Epidemic dropsy in Calcutta - Number 45
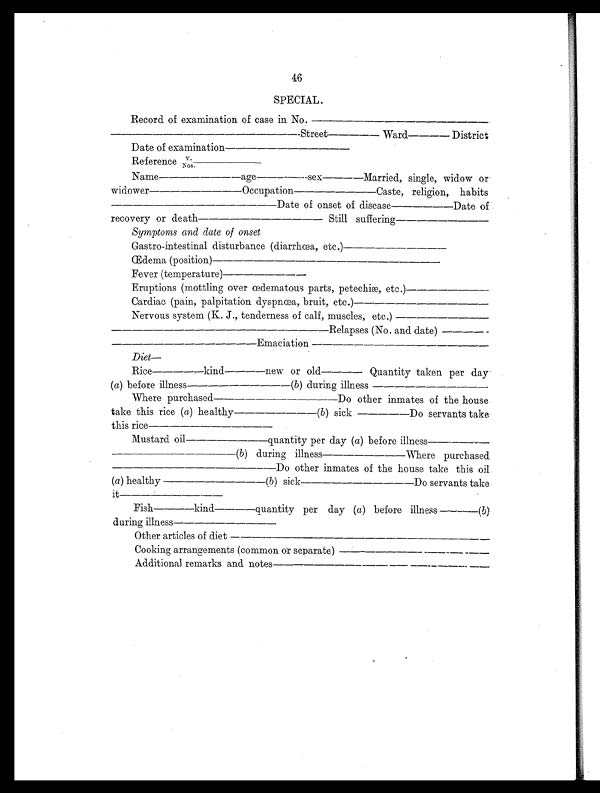
46
SPECIAL.
Record of examination of case in No.
-Street-----------------Ward---- District
Date of examination
Reference V.
Nos.
Name
age-------sex----Married, single, widow or
widower
Occupation---------------------------Caste, religion, habits
Date of onset of disease------------Date of
recovery or death
Still suffering--------------------------
Symptoms and date of onset
Gastro-intestinal disturbance (diarrhœa, etc.)
Œdema (position)
Fever (temperature)
Eruptions (mottling over œdematous parts, petechiæ, etc.)
Cardiac (pain, palpitation dyspnœa, bruit, etc.)
Nervous system (K. J., tenderness of calf, muscles, etc.)
Relapses (No. and date) ----
Emaciation ---------------------------------------------
Diet ----------
Rice
kind----new or old------ Quantity taken per day
( a) before illness
(b ) during illness
----------------------
Where purchased
Do other inmates of the house
take this rice (a) healthy
(b) sick --------------------Do servants take
this rice
Mustard oil
quantity per day ( a) before illness------
( b ) during illness-------------------Where purchased
---Do other inmates of the house take this oil.
( a ) healthy
(b ) sick-----------------------Do servants take
it
Fish----kind----quantity per day ( a ) before illness -------( b )
during illness
Ot her art i cl es of di et ---------------------------------------------------------
Cooking arrangements (common or separate)-----------------------------
Additional remarks and notes